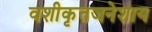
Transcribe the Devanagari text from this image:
वशीकृतजनेशाय